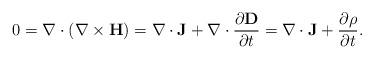
LaTeX: \begin{align*}0=\nabla \cdot (\nabla \times {\bf H})=\nabla \cdot {\bf J}+\nabla \cdot \dfrac{\partial {\bf D}}{\partial t}=\nabla \cdot {\bf J}+\dfrac{\partial \rho}{\partial t}.\end{align*}